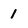
Character: 1